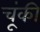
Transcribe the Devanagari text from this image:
चूंकी